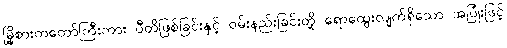
မြို့စားကတော်ကြီးကား ပီတိဖြစ်ခြင်းနှင့် ဝမ်းနည်းခြင်းတို့ ရောထွေးလျက်ရှိသော အပြုံးဖြင့်